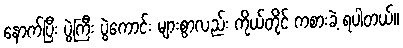
နောက်ပြီး ပွဲကြီး ပွဲကောင်း များစွာလည်း ကိုယ်တိုင် ကစားခဲ့ ရပါတယ်။